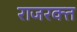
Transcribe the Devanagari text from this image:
राजरक्त